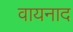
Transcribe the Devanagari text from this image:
वायनाद